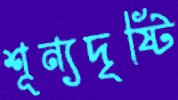
শূন্যদৃষ্টি